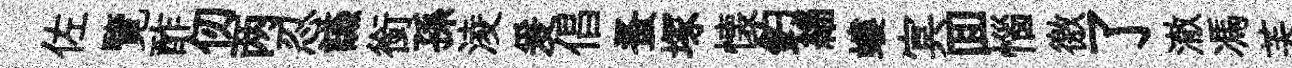
佐覽酢仞两忍讌銜孫淩爰倡蚤塚懐釣緇螻㝠囬惱徼了澈馮芙